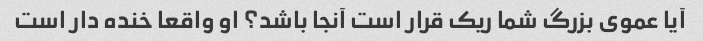
آیا عموی بزرگ شما ریک قرار است آنجا باشد؟ او واقعا خنده دار است